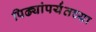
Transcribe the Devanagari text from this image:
पिढ्यांपर्यंतच्या